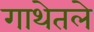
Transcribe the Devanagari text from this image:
गाथेतले